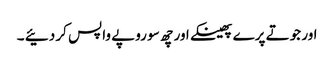
اور جوتے پرے پھینکے اور چھ سو روپے واپس کر دئیے ۔